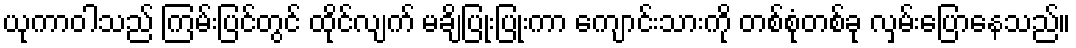
ယုကာဝါသည် ကြမ်းပြင်တွင် ထိုင်လျက် မချိပြုံးပြုံးကာ ကျောင်းသားကို တစ်စုံတစ်ခု လှမ်းပြောနေသည်။